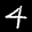
Label: 4